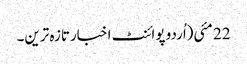
22 مئی(اُردو پوائنٹ اخبارتازہ ترین۔